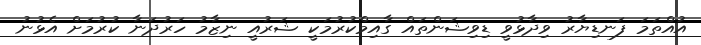
އުއްތަމަ ފަނޑިޔާރު ވިދާޅުވީ ޑިވިޝަންތައް ގާއިމްކުރުމަކީ ޝަރުއީ ނިޒާމު ހަރުދަނާ ކުރުމަށް އެޅުނު